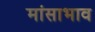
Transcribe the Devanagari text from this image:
मांसाभाव